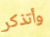
وأتذكر